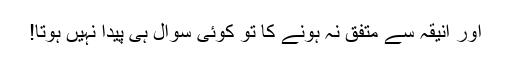
اور انیقہ سے متفق نہ ہونے کا تو کوئی سوال ہی پیدا نہیں ہوتا!